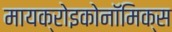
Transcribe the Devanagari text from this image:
मायक्रोइकोनॉमिक्स